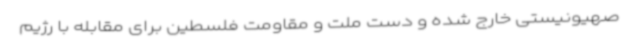
صهیونیستی خارج شده و دست ملت و مقاومت فلسطین برای مقابله با رژیم